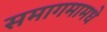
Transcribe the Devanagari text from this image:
समागमामधे